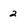
Character: 2